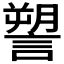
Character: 𧫋